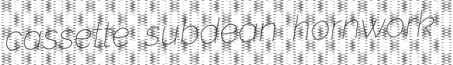
cassette subdean hornwork